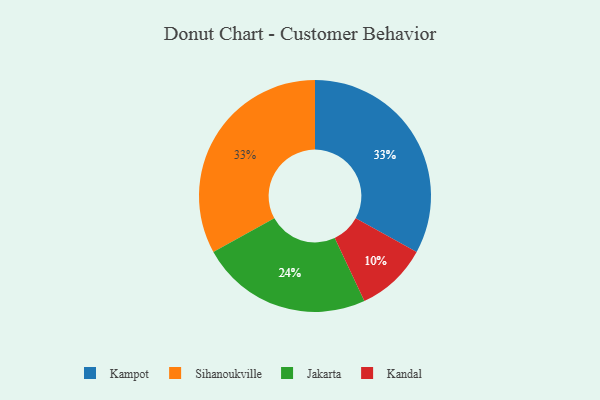
{"axis": {"x": "Category", "y": "Percentage"}, "legend": ["Jakarta", "Kampot", "Kandal", "Sihanoukville"], "data": [{"x": "Kampot", "y": 33, "type": "Kampot"}, {"x": "Kandal", "y": 10, "type": "Kandal"}, {"x": "Jakarta", "y": 24, "type": "Jakarta"}, {"x": "Sihanoukville", "y": 33, "type": "Sihanoukville"}]}